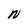
Character: N